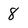
Character: 8